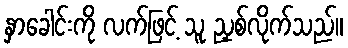
နှာခေါင်းကို လက်ဖြင့် သူ ညှစ်လိုက်သည်။